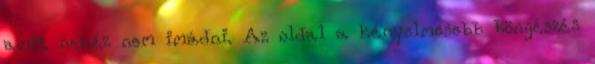
amit nehéz nem imádni. Az oldal a kényelmesebb böngészés